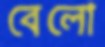
বেলো